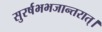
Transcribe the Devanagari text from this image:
सुरर्षभभजान्तरात्।